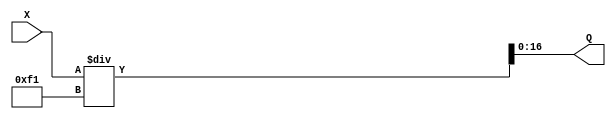
module division_standard( X, Q);//, R);

input  [24:1] X;
output [17:1] Q; 
//output [8:1] R;

assign Q = X / 241;

//assign R = X % 241;

endmodule